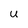
Character: U